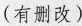
(有删改)